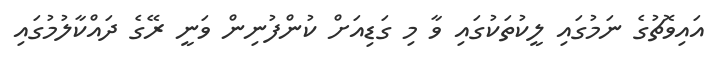
އައިވޮޗުގެ ނަމުގައި ލީކުތަކުގައި ވާ މި ގަޑިއަށް ކުންފުނިން ވަނީ ރޭގެ ދައްކާލުމުގައި